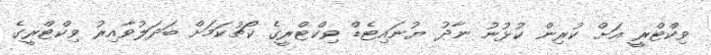
ވިކްޓްރީ އަށް ކުރިން ކުޅުނު ނާދު ޔުނައިޓެޑް ވިކްޓްރީގެ ކޯޗުކަމަށް ބަދަލުވާއިރު ވިކްޓްރީގެ